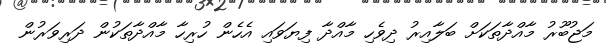
މަޖުބޫރު މާއްދާތަކަށް ބަލާއިރު ދިވެހި މާއްދާ ފިޔަވައި އެހެން ހުރިހާ މާއްދާތަކުން ދަރިވަރުން